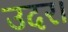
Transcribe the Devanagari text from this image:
उदर।